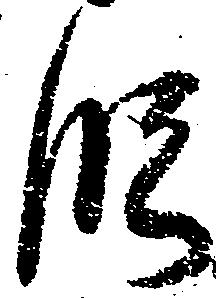
段